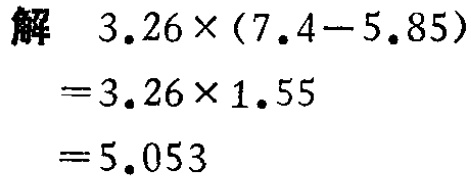
解
\[
\begin{align*}
&3.26\times(7.4 - 5.85)\\
=&3.26\times1.55\\
=&5.053
\end{align*}
\]